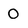
Character: 0